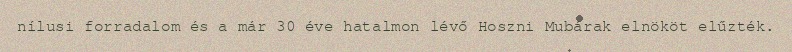
nílusi forradalom és a már 30 éve hatalmon lévő Hoszni Mubárak elnököt elűzték.